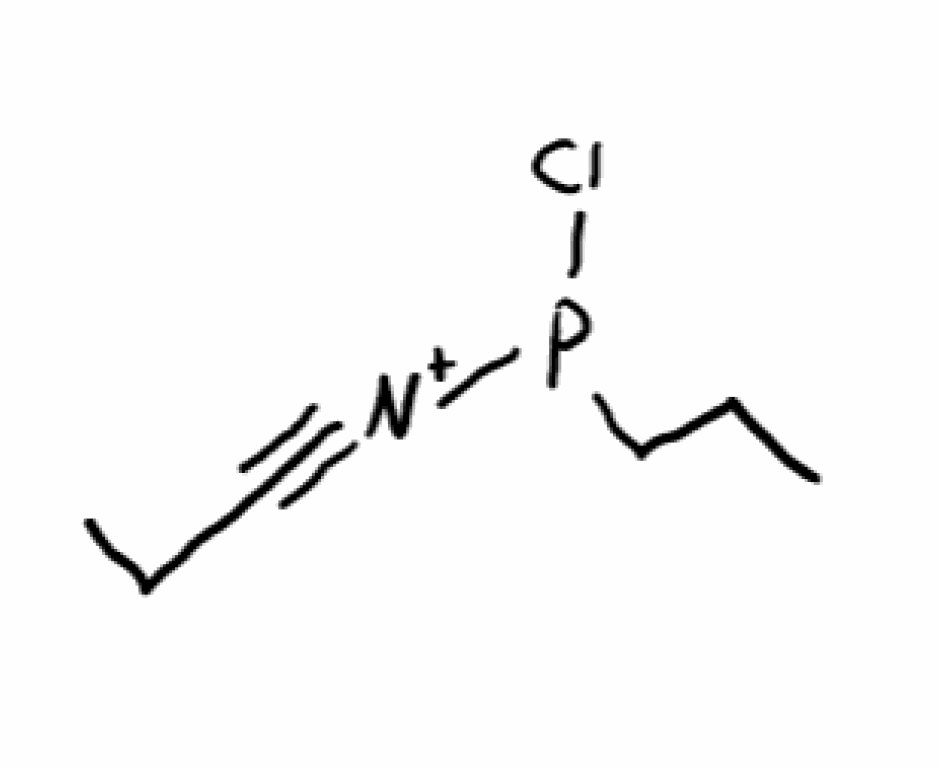
Simplified molecular-input line-entry system (SMILES) notation of the given molecule:
CCCP([N+]#CCC)Cl